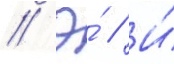
// Э́ // И́